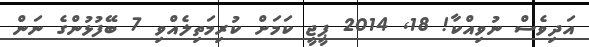
އަދިވެސް ނުވިއްކާ! 18